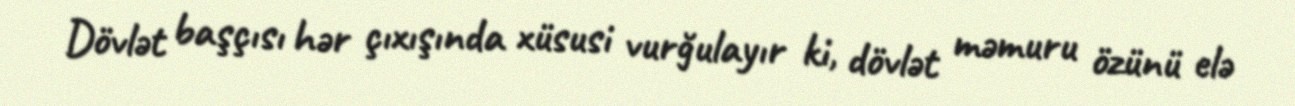
Dövlət başçısı hər çıxışında xüsusi vurğulayır ki, dövlət məmuru özünü elə